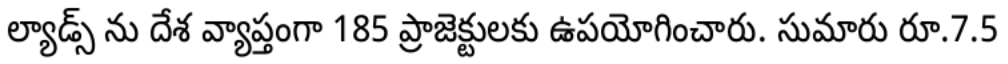
ల్యాడ్స్ ను దేశ వ్యాప్తంగా 185 ప్రాజెక్టులకు ఉపయోగించారు. సుమారు రూ.7.5